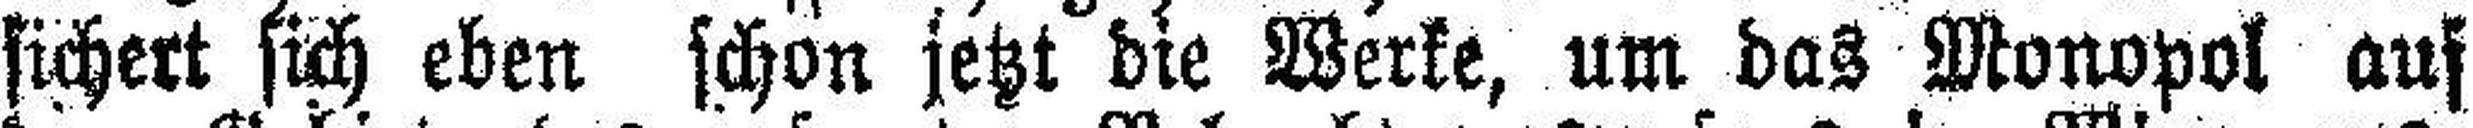
sichert sich eben schon jetzt die Werke, um das Monopol auf